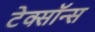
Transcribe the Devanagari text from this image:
टेक्सॉन्स